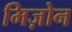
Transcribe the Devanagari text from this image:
मिज़ोन